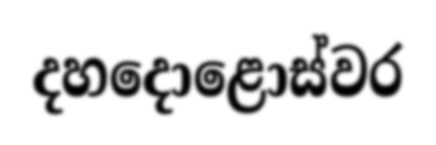
දහදොළොස්වර